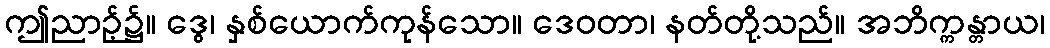
ဤညာဉ့်၌။ ဒွေ၊ နှစ်ယောက်ကုန်သော။ ဒေဝတာ၊ နတ်တို့သည်။ အဘိက္ကန္တာယ၊